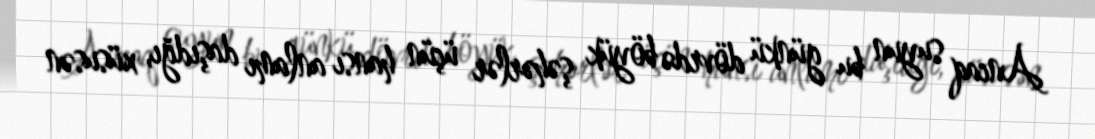
Ancaq suyun bu günkü dövrdə böyük şəhərlər üçün hansı anlamı daşıdğı, xüsusən